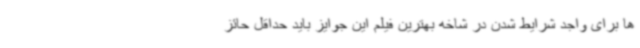
ها برای واجد شرایط شدن در شاخه بهترین فیلم این جوایز باید حداقل حائز